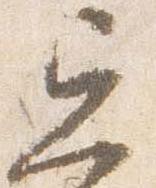
忘